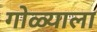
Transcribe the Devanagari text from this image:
गोळ्याला